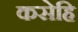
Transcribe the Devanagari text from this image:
कसेहि